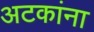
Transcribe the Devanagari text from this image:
अटकांना